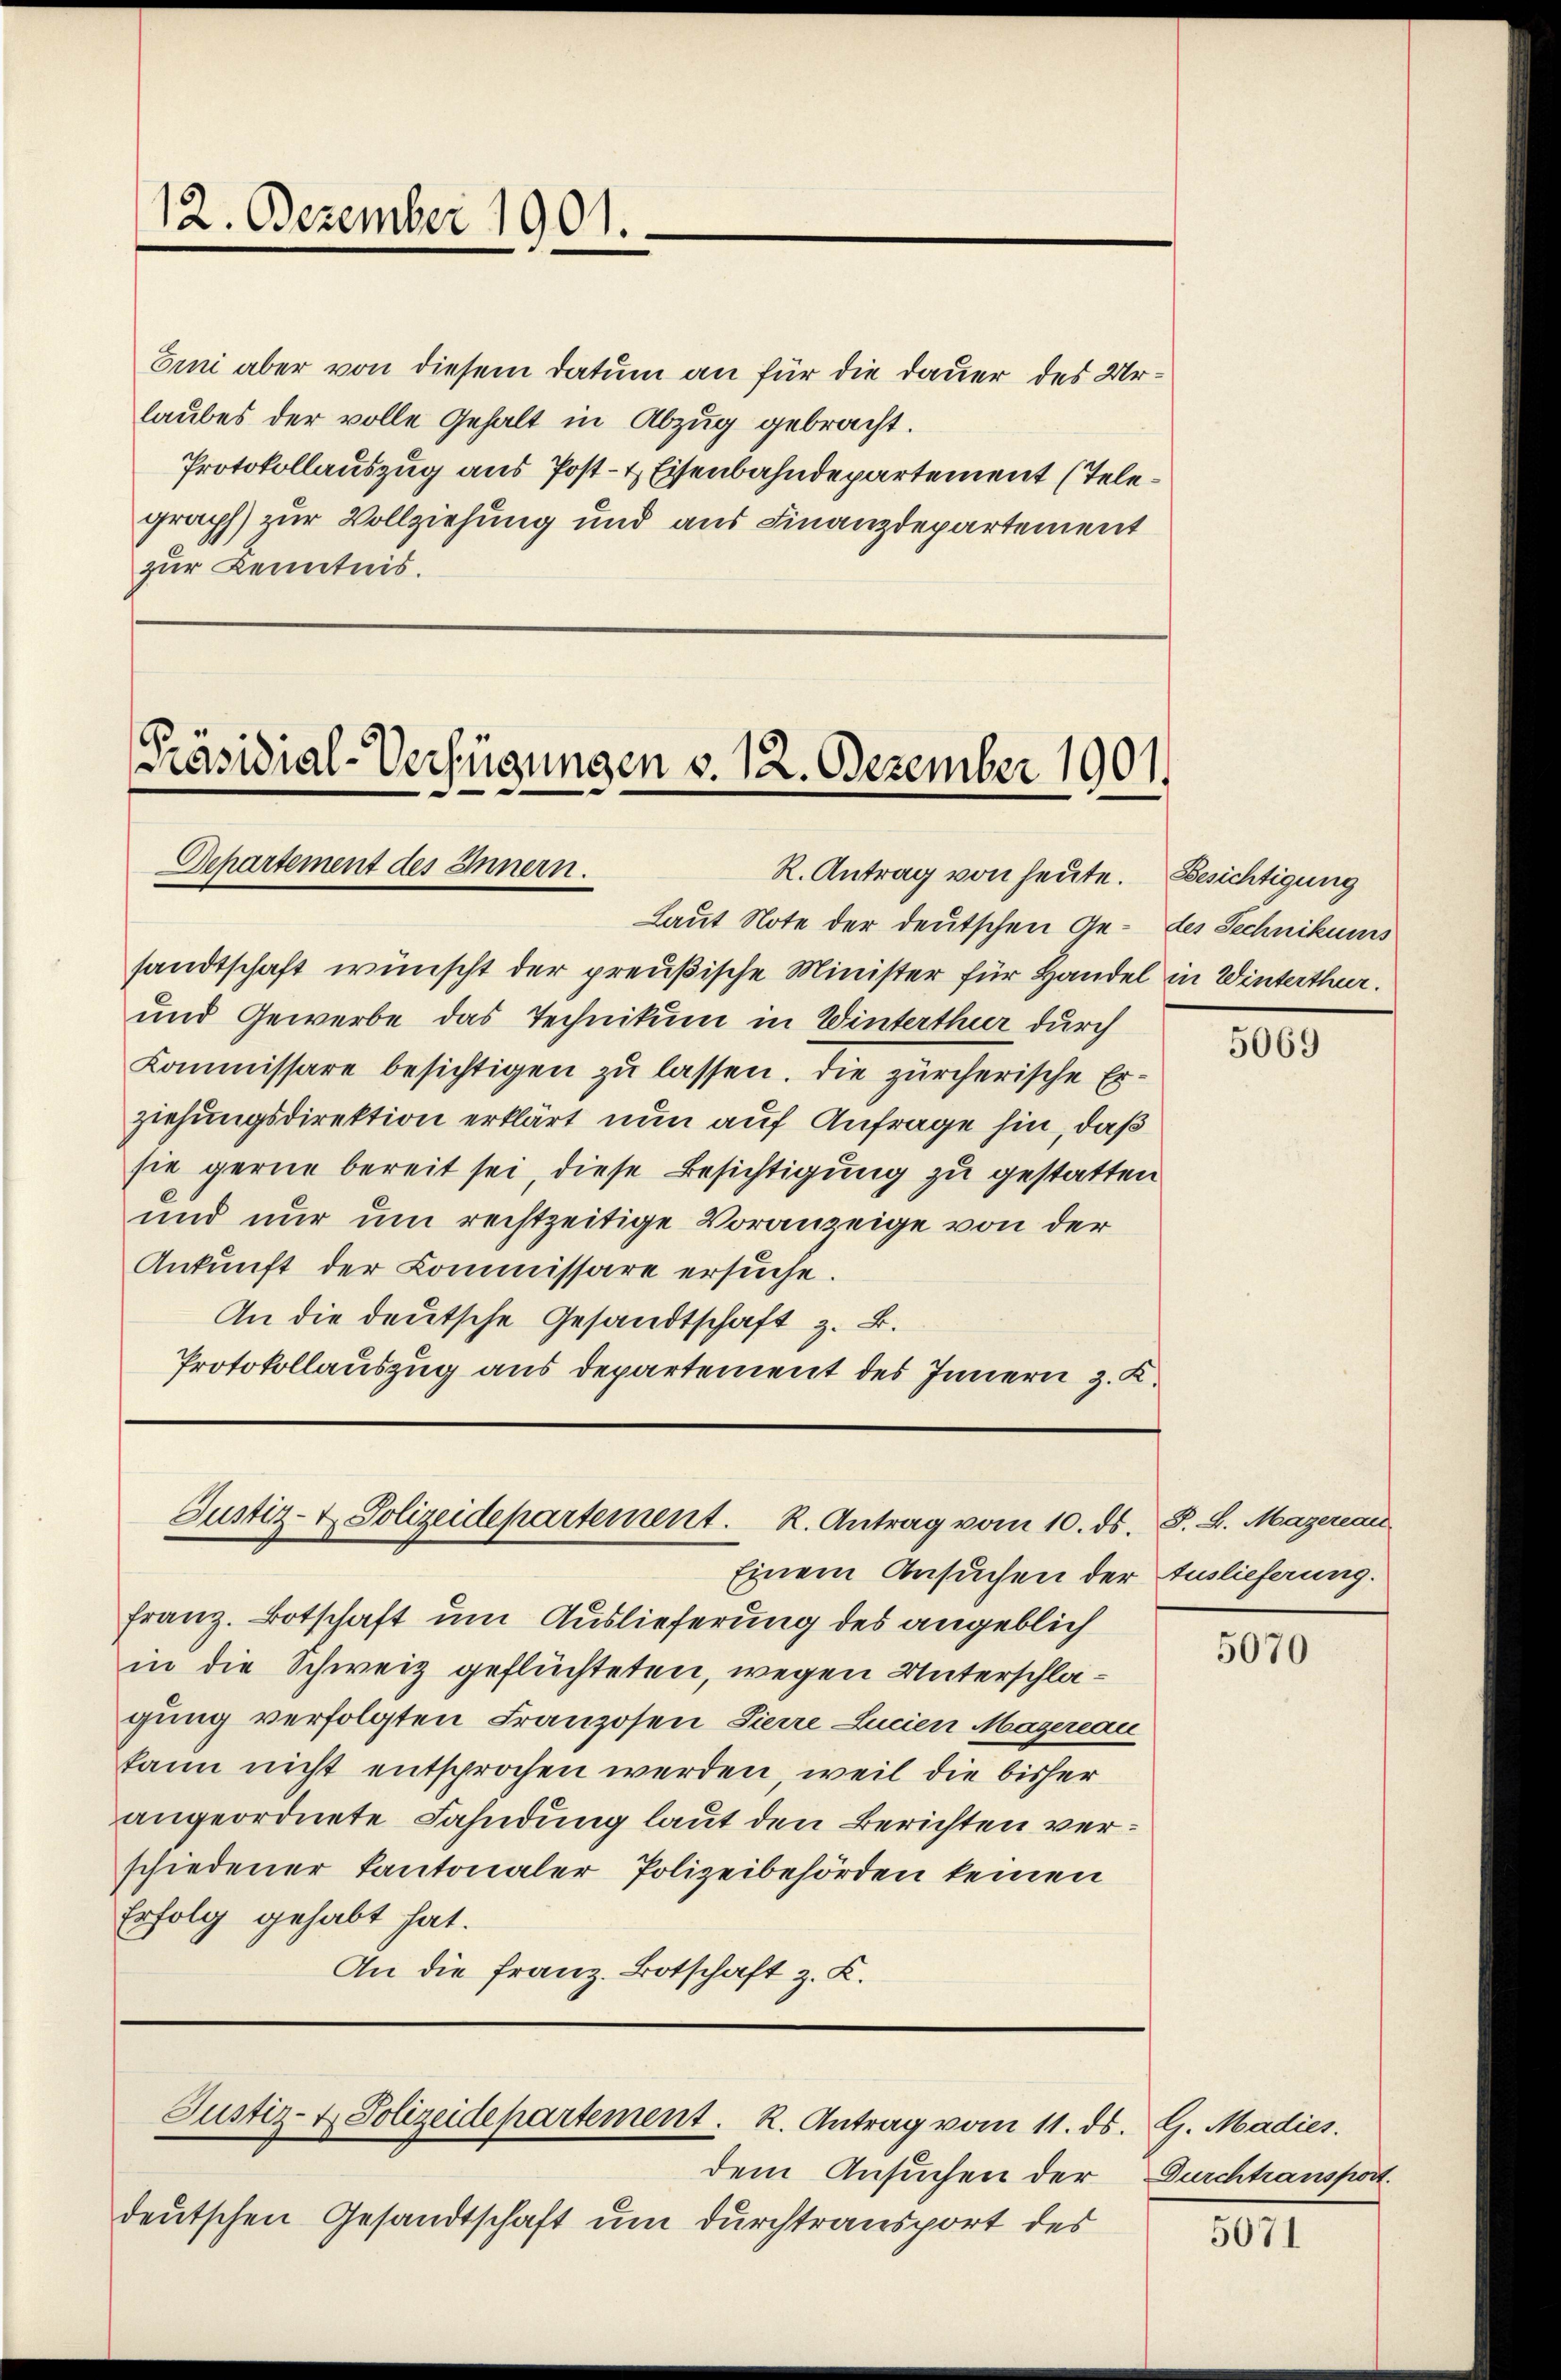
12. Dezember 1901.

Erni aber von diesem Datum an für die Dauer des Urlaubes der volle Gehalt in Abzug gebracht.
Protokollauszug aus Post- & Eisenbahndepartement (Telegraph) zur Vollziehung und aus Finanzdepartement
zur Kenntnis.

Präsidial-Verfügungen v. 12. Dezember 1901.
Departement des Innern.
R. Antrag von heute. Besichtigung

sandtschaft wünscht der preußische Minister für Handel in Winterthur.
und Gewerbe das Technikum in Winterthur durch
Kommissäre besichtigen zu lassen. Die zürcherische Erziehungsdirektion erklärt nun auf Anfrage hin, daß
sie gerne bereit sei, diese Besichtigung zu gestatten
und nur um rechtzeitige Voranzeige von der
Ankunft der Commissare ersuche.
An die deutsche Gesandtschaft z. B.
Protokollauszug aus Departement des Innern z. K.

Laut Note der deutschen Ge- des Sechnikums

Justiz- & Polizeidepartement. K. Antrag vom 10. ds.

Justiz- & Polizeidepartement. K. Antrag vom 11. ds. G. Madies

Einem Ansuchen der Auslieferung.
Franz. Botschaft um Auslieferung des angeblich
in die Schweiz geflüchteten, wegen Unterschlagung verfolgten Franzosen Pierre Lucien Magereau
kann nicht entsprochen werden, weil die bisher
angeordnete Fahndung laut den Berichten verschiedener Kantonaler Polizeibehörden keinen
Erfolg gehabt hat.
An die Franz. Botschaft z. K.

dem Ansuchen der
deutschen Gesandtschaft um durchtransport des

5069

P.S. Mazereau

5070

Durchtransport.

5071